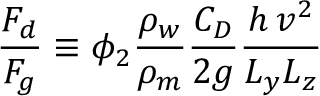
\frac { F _ { d } } { F _ { g } } \equiv \phi _ { 2 } \frac { \rho _ { w } } { \rho _ { m } } \frac { C _ { D } } { 2 g } \frac { h \, v ^ { 2 } } { L _ { y } L _ { z } }